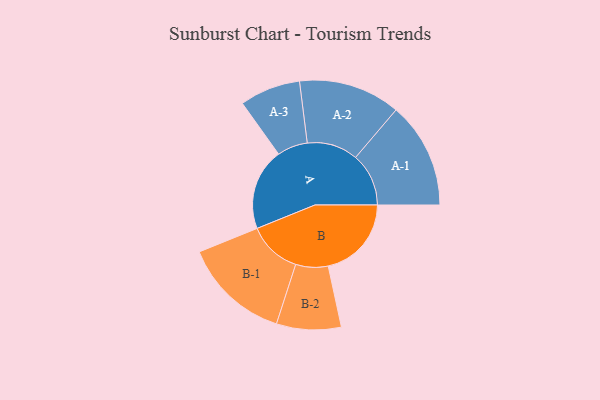
{"axis": {"x": "Segment", "y": "Value"}, "legend": ["", "A", "B"], "data": [{"x": "A", "y": 347, "type": ""}, {"x": "B", "y": 353, "type": ""}, {"x": "A-1", "y": 225, "type": "A"}, {"x": "A-2", "y": 216, "type": "A"}, {"x": "A-3", "y": 129, "type": "A"}, {"x": "B-1", "y": 227, "type": "B"}, {"x": "B-2", "y": 137, "type": "B"}]}